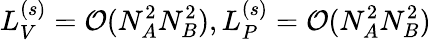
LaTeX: L_{V}^{(s)}=\mathcal{O}(N_{A}^{2}N_{B}^{2}),L_{P}^{(s)}=\mathcal{O}(N_{A}^{2}N_{B}^{2})